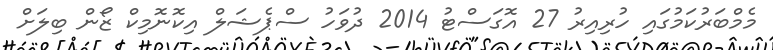
މެމްބަރުކަމުގައި ހުރިއިރު 27 އޮގަސްޓު 2014 ދުވަހު ސްޕެޝަލް އިކޮނޮމިކް ޒޯން ބިލަށް